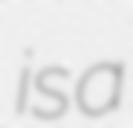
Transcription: is a